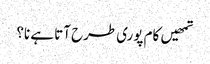
تمھیں کام پوری طرح آتا ہے نا؟